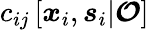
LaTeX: c_{ij}\left[\boldsymbol{x}_{i},\boldsymbol{s}_{i}|\boldsymbol{\mathcal{O}}\right]